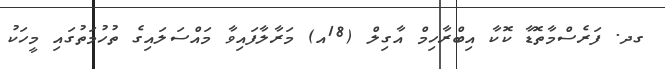
ގދ. ފަރެސްމާތޮޑާ ކޮކާ އިބްރާހިމް އާގިލް (18އ) މަރާލާފައިވާ މައްސަލައިގެ ތުހުމަތުގައި މީހަކު